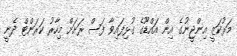
މަރުކަޒީ އިންޖީނުގެ އިން އައްޑޫގެ ގުޅިފައިވާ ފަސް ރަށަށް މިހާރު ކަރަންޓް ދެނީ